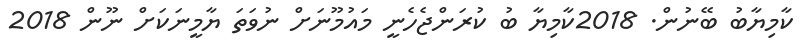
ކާމިޔާބު ބޭނުން. 2018ކާމިޔާ ބު ކުރަންޖެހެނީ މައުމޫނަށް ނުވަތަ ޔާމީނަކަށް ނޫން 2018